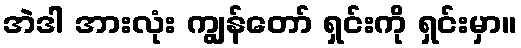
အဲဒါ အားလုံး ကျွန်တော် ရှင်းကို ရှင်းမှာ။